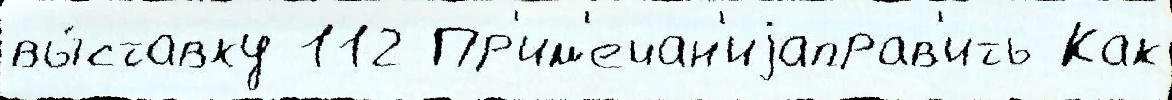
вы́ставку 112 Пр'им'ечан'иjаправ'ить Как